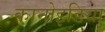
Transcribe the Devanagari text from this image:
कानोइडिया